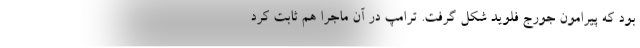
بود که پیرامون جورج فلوید شکل گرفت. ترامپ در آن ماجرا هم ثابت کرد